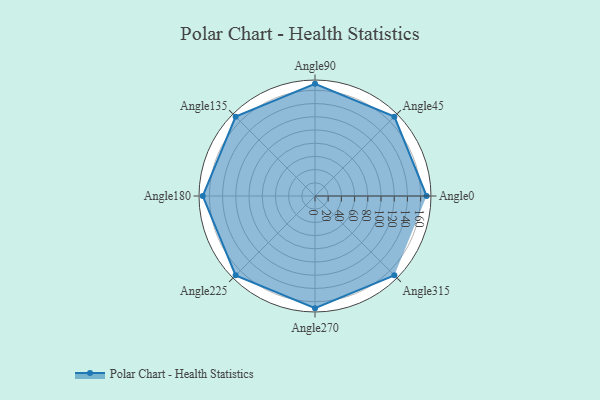
{"axis": {"x": "Angle", "y": "Radius"}, "legend": [""], "data": [{"x": "Angle0", "y": 169.0, "type": ""}, {"x": "Angle45", "y": 170, "type": ""}, {"x": "Angle90", "y": 170, "type": ""}, {"x": "Angle135", "y": 170, "type": ""}, {"x": "Angle180", "y": 170, "type": ""}, {"x": "Angle225", "y": 170, "type": ""}, {"x": "Angle270", "y": 170, "type": ""}, {"x": "Angle315", "y": 170, "type": ""}]}